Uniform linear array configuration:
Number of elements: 12
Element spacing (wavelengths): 1
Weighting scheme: blackman
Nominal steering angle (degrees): -60
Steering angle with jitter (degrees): -61.618
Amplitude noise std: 0.05
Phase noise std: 0.05

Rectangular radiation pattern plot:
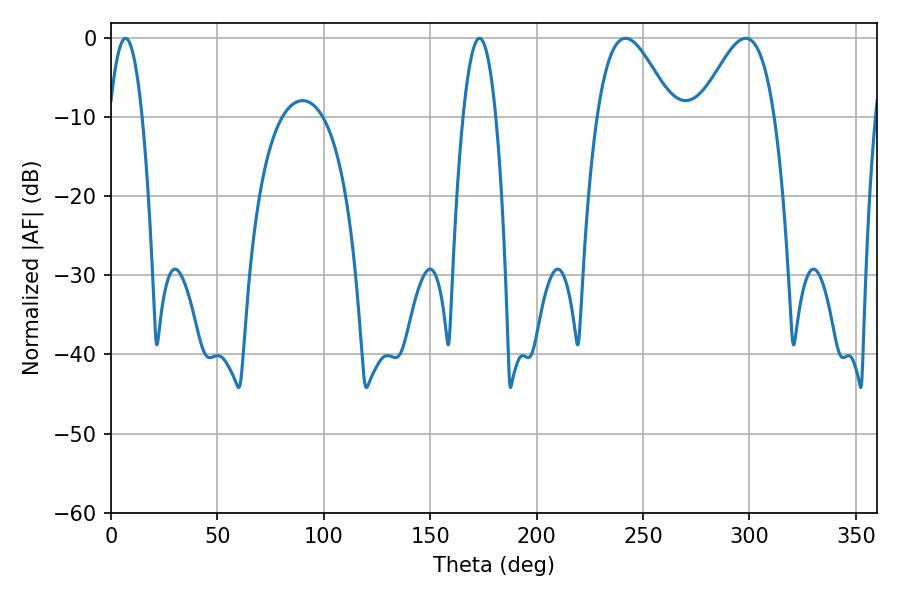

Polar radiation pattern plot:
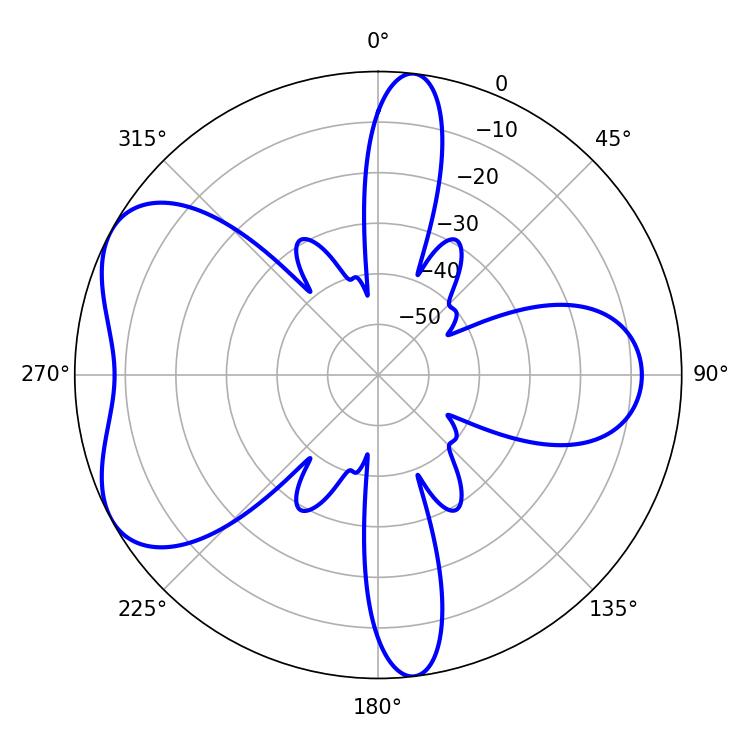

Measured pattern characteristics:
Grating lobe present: TRUE
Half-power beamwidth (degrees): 8.46
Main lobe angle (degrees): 6.84